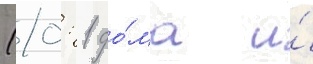
(0: 1 до́ма и́